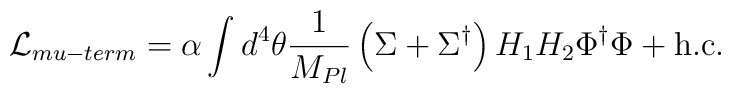
{\cal L}_{mu-term}  = \alpha \int d^4 \theta {1 \over M_{Pl}} \left( \Sigma + \Sigma^\dagger\right)  H_1 H_2 \Phi^\dagger \Phi +{\rm  h. c. }